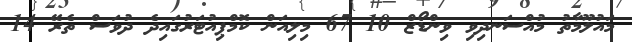
މައުލޫމާތު މުއްސަނދިވި ވިންޑޯޒް 10 67 މިލިއަން ކޮމްޕިއުޓަރުގައިދެ ދުވަސް ތެރޭ 14